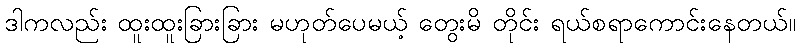
ဒါကလည်း ထူးထူးခြားခြား မဟုတ်ပေမယ့် တွေးမိ တိုင်း ရယ်စရာကောင်းနေတယ်။